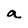
Character: a